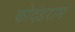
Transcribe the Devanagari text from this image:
कोदंडराम